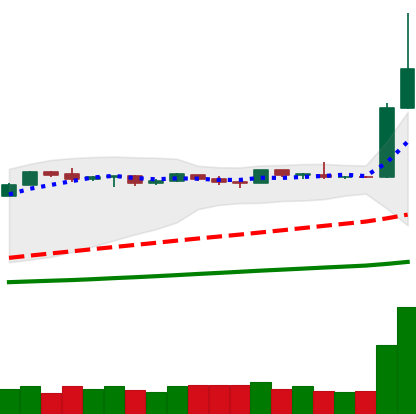
Ticker: LTC-USD
Chart end date: 2019-04-03
Forward return: 5.383%
Label: up_5_7